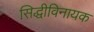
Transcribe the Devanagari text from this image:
सिद्धीविनायक